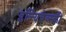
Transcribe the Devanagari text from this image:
इल्यिचेव्स्की